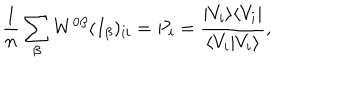
LaTeX: \frac { 1 } { n } \sum _ { \beta } W ^ { 0 \beta } ( I _ { \beta } ) _ { i i } = P _ { i } = \frac { | V _ { i } \rangle \langle V _ { i } | } { \langle V _ { i } | V _ { i } \rangle } ,